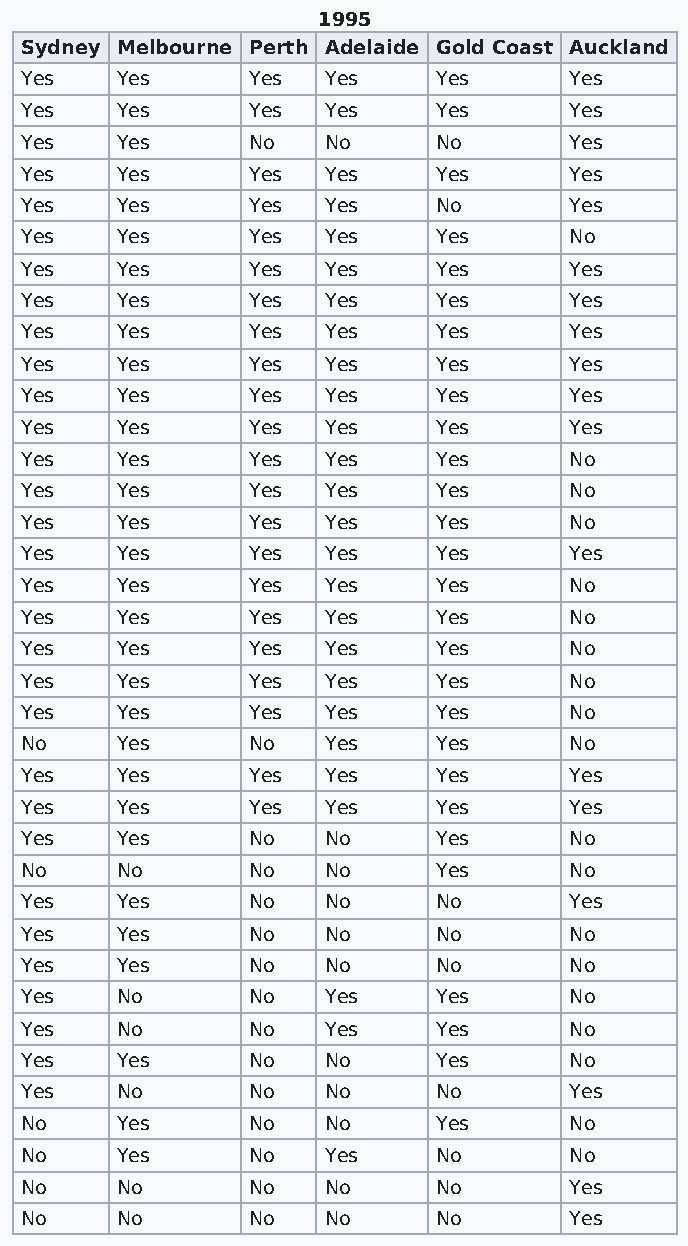
1995
 Sydney Melbourne Perth Adelaide Gold Coast Auckland
 Yes    Yes     Yes  Yes     Yes      Yes
 Yes    Yes     Yes  Yes     Yes      Yes
 Yes    Yes     No   No      No       Yes
 Yes    Yes     Yes  Yes     Yes      Yes
 Yes    Yes     Yes  Yes     No       Yes
 Yes    Yes     Yes  Yes     Yes      No
 Yes    Yes     Yes  Yes     Yes      Yes
 Yes    Yes     Yes  Yes     Yes      Yes
 Yes    Yes     Yes  Yes     Yes      Yes
 Yes    Yes     Yes  Yes     Yes      Yes
 Yes    Yes     Yes  Yes     Yes      Yes
 Yes    Yes     Yes  Yes     Yes      Yes
 Yes    Yes     Yes  Yes     Yes      No
 Yes    Yes     Yes  Yes     Yes      No
 Yes    Yes     Yes  Yes     Yes      No
 Yes    Yes     Yes  Yes     Yes      Yes
 Yes    Yes     Yes  Yes     Yes      No
 Yes    Yes     Yes  Yes     Yes      No
 Yes    Yes     Yes  Yes     Yes      No
 Yes    Yes     Yes  Yes     Yes      No
 Yes    Yes     Yes  Yes     Yes      No
 No     Yes     No   Yes     Yes      No
 Yes    Yes     Yes  Yes     Yes      Yes
 Yes    Yes     Yes  Yes     Yes      Yes
 Yes    Yes     No   No      Yes      No
 No     No      No   No      Yes      No
 Yes    Yes     No   No      No       Yes
 Yes    Yes     No   No      No       No
 Yes    Yes     No   No      No       No
 Yes    No      No   Yes     Yes      No
 Yes    No      No   Yes     Yes      No
 Yes    Yes     No   No      Yes      No
 Yes    No      No   No      No       Yes
 No     Yes     No   No      Yes      No
 No     Yes     No   Yes     No       No
 No     No      No   No      No       Yes
 No     No      No   No      No       Yes